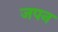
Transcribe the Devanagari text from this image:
जपन